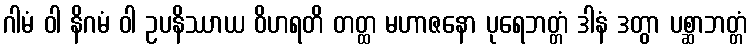
ဂါမံ ဝါ နိဂမံ ဝါ ဥပနိဿာယ ဝိဟရတိ တတ္ထ မဟာဇနော ပုရေဘတ္တံ ဒါနံ ဒတွာ ပစ္ဆာဘတ္တံ